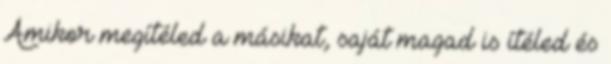
Amikor megítéled a másikat, saját magad is ítéled és